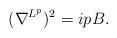
LaTeX: \begin{align*}(\nabla^{L^p})^2 = i p B.\end{align*}